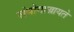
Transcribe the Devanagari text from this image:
संयोगाज्जायते